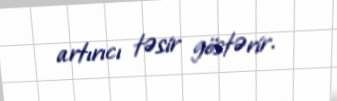
artırıcı təsir göstərir.